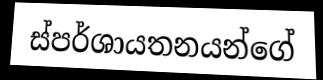
ස්පර්ශායතනයන්ගේ